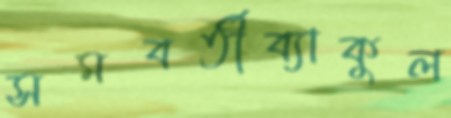
সমবর্তীব্যাকুল